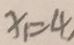
x _ { 1 } = 4